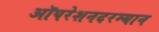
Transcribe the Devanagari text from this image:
ऑपरेशनदरम्यान